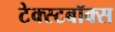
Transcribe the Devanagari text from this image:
टेक्स्टबॉक्स